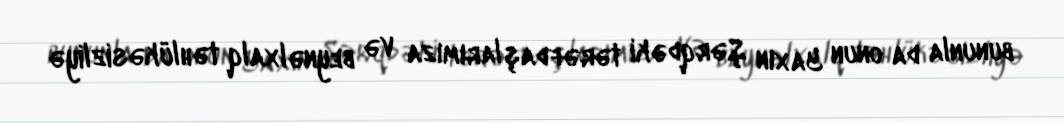
bununla da onun Yaxın Şərqdəki tərəfdaşlarımıza və beynəlxalq təhlükəsizliyə